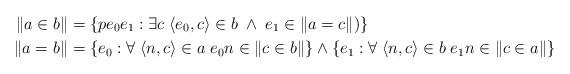
LaTeX: \begin{align*}\|a\in b\| & = \{p{e_0}{e_1} : \exists c \; \langle e_0, c\rangle \in b \; \wedge \; e_1\in \| a=c\|)\} \\\|a= b\| & = \{e_0 : \forall \; \langle n,c\rangle \in a \; e_0{n}\in \|c\in b\|\} \wedge \{e_1 : \forall \; \langle n, c\rangle \in b \; e_1{n}\in \|c\in a\|\} \end{align*}